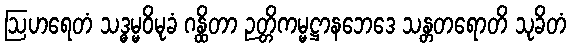
ဩဟရေတံ သဒ္ဓမ္မဝိမုခံ ဂန္ထိတာ ဉတ္တိကမ္မဋ္ဌာနဘေဒေ သန္တတရောတိ သုခိတံ